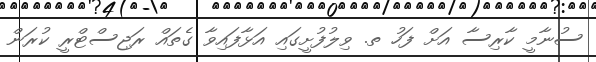
ސުނާމީ ކާރިސާ އަށް ފަހު ތ. ވިލުފުށީގައި އަޅާފައިވާ ގެތައް ރަޖިސްޓްރީ ކުރަން